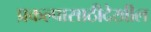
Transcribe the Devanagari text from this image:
प्रकल्पासाठीदेखील